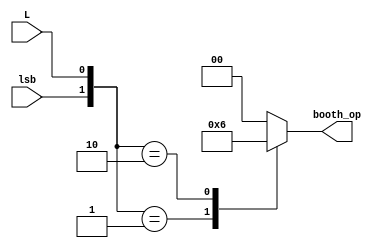
`timescale 1ns / 1ps
//////////////////////////////////////////////////////////////////////////////////
// Company: 
// Engineer: 
// 
// Design Name: 
// Module Name:    booth_cu 
// Project Name: 
// Target Devices: 
// Tool versions: 
// Description: 
//
// Dependencies: 
//
// Revision: 
// Revision 0.01 - File Created
// Additional Comments: 
//
//////////////////////////////////////////////////////////////////////////////////
module booth_cu(input L, input lsb, output reg [1:0] booth_op
    );
always@(*)
begin
	case({lsb,L})
	2'b01:begin
			booth_op <= 2'b01;
			end
	2'b10:begin
			booth_op <= 2'b10;
			end
	default: booth_op <= 2'b00;
	endcase
end
endmodule